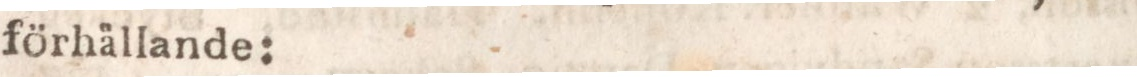
förhållande: